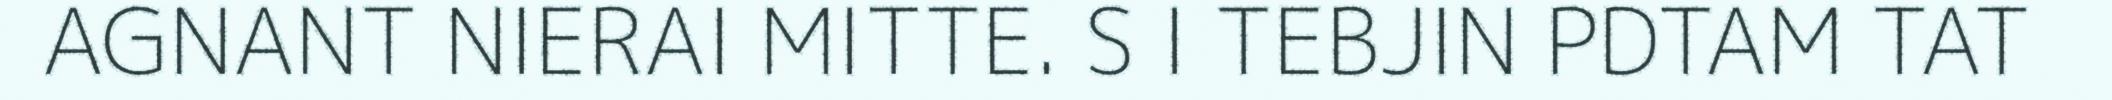
AGNANT NIERAI MITTE. S I TEBJIN PDTAM TAT